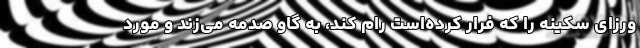
ورزای سکینه را که فرار کرده‌است رام کند، به گاو صدمه می‌زند و مورد